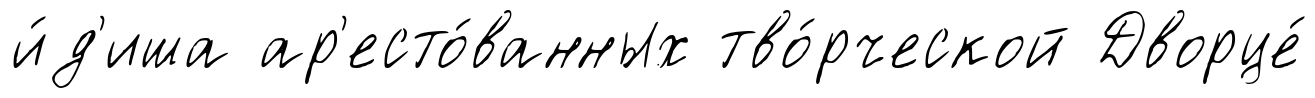
и́д'иша ар'есто́ванных тво́рческой Дворце́